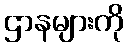
ဌာနများကို